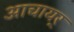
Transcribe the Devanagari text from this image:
आचायर्